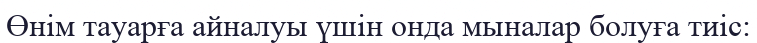
Өнім тауарға айналуы үшін онда мыналар болуға тиіс: